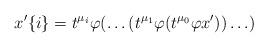
LaTeX: \begin{align*}x'\{i\}=t^{\mu_i}\varphi(\ldots(t^{\mu_1}\varphi(t^{\mu_0}\varphi x'))\ldots )\end{align*}